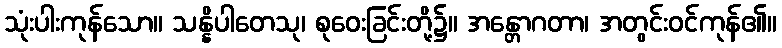
သုံးပါးကုန်သော။ သန္နိပါတေသု၊ စုဝေးခြင်းတို့၌။ အန္တောဂတာ၊ အတွင်းဝင်ကုန်၏။